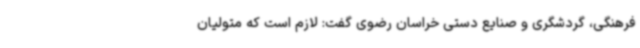
فرهنگی، گردشگری و صنایع دستی خراسان رضوی گفت: لازم است که متولیان